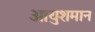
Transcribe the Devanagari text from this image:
आयुशमान